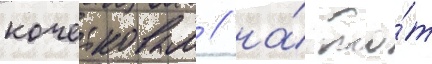
кочетковым / на́ то́т